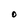
Character: O